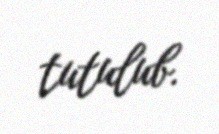
tutulub.